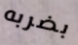
بضربه